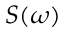
S ( \omega )